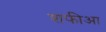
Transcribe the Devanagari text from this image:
शफीआ